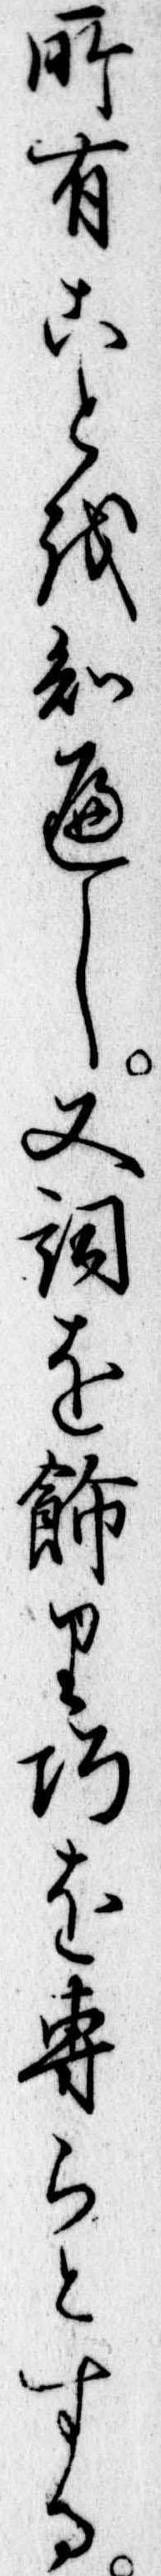
所有ことを知へし又詞を飾り巧を専らとする